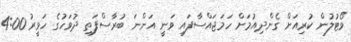
ވޯޓުލުން ކުރިއަށް ގެންދިއުމަށް ހަމަޖައްސާފައި ވަނީ އަންނަ ބުރާސްފަތި ދުވަހުގެ ހަވީރު 4:00